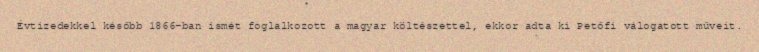
Évtizedekkel később 1866-ban ismét foglalkozott a magyar költészettel, ekkor adta ki Petőfi válogatott műveit.